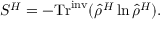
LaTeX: S ^ { H } = - \mathrm { T r } ^ { \mathrm { \scriptsize { i n v } } } ( \hat { \rho } ^ { H } \ln \hat { \rho } ^ { H } ) .